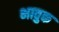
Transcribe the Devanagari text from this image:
भावुक